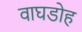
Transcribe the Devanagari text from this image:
वाघडोह